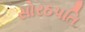
સોરઠપતિ